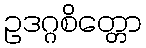
ဥဒဂ္ဂစိတ္တော